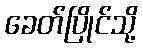
ခေတ်ပြိုင်သို့